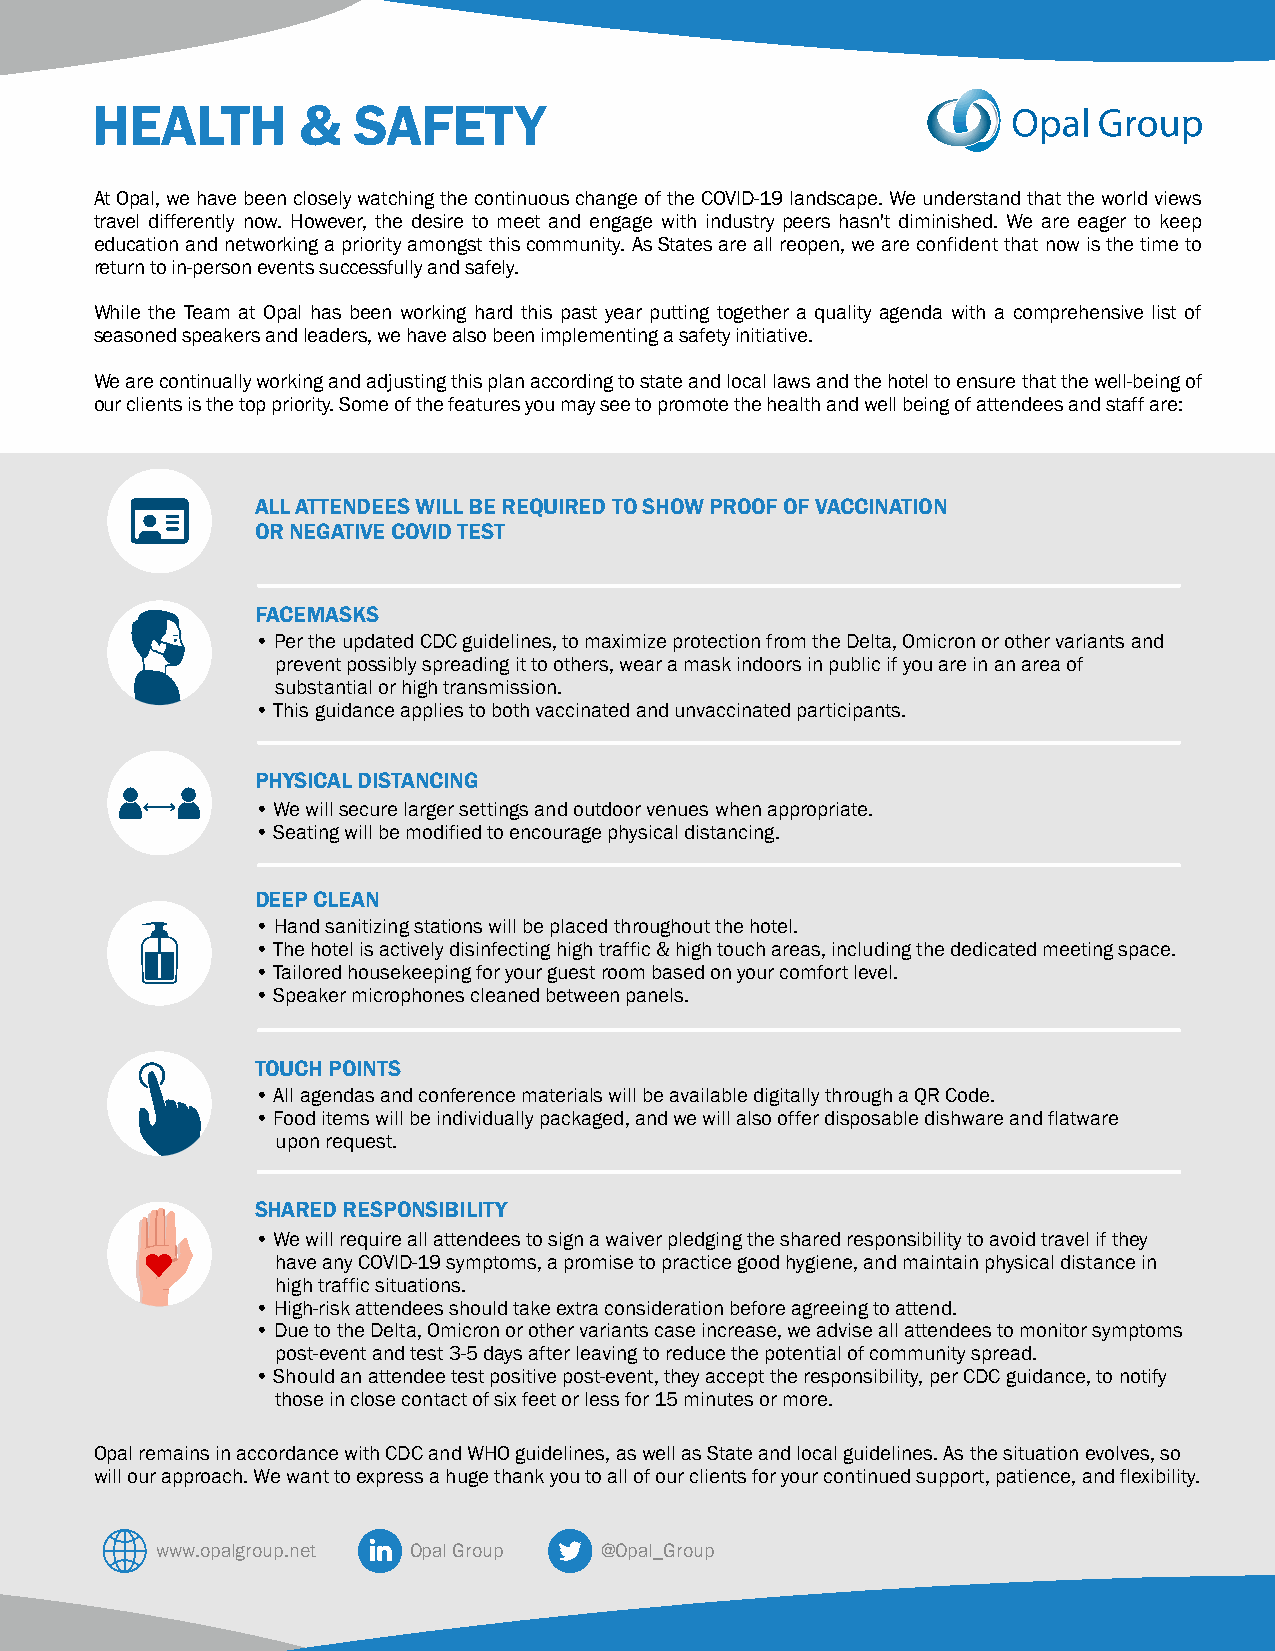
HEALTH        &  SAFETY
 At Opal, we have been closely watching the continuous change of the COVID-19 landscape. We understand that the world views
 travel differently now. However, the desire to meet and engage with industry peers hasn't diminished. We are eager to keep
 education and networking a priority amongst this community. As States are all reopen, we are confident that now is the time to
 return to in-person events successfully and safely.
 While the Team at Opal has been working hard this past year putting together a quality agenda with a comprehensive list of
 seasoned speakers and leaders, we have also been implementing a safety initiative.
 We are continually working and adjusting this plan according to state and local laws and the hotel to ensure that the well-being of
 our clients is the top priority. Some of the features you may see to promote the health and well being of attendees and staff are:
 ALL ATTENDEES WILL BE REQUIRED TO SHOW PROOF OF VACCINATION
 OR NEGATIVE COVID TEST
 FACEMASKS
 • Per the updated CDC guidelines, to maximize protection from the Delta, Omicron or other variants and
 prevent possibly spreading it to others, wear a mask indoors in public if you are in an area of
 substantial or high transmission.
 • This guidance applies to both vaccinated and unvaccinated participants.
 PHYSICAL DISTANCING
 • We will secure larger settings and outdoor venues when appropriate.
 • Seating will be modified to encourage physical distancing.
 DEEP CLEAN
 • Hand sanitizing stations will be placed throughout the hotel.
 • The hotel is actively disinfecting high traffic & high touch areas, including the dedicated meeting space.
 • Tailored housekeeping for your guest room based on your comfort level.
 • Speaker microphones cleaned between panels.
 TOUCH POINTS
 • All agendas and conference materials will be available digitally through a QR Code.
 • Food items will be individually packaged, and we will also offer disposable dishware and flatware
 upon request.
 SHARED RESPONSIBILITY
 • We will require all attendees to sign a waiver pledging the shared responsibility to avoid travel if they
 have any COVID-19 symptoms, a promise to practice good hygiene, and maintain physical distance in
 high traffic situations.
 • High-risk attendees should take extra consideration before agreeing to attend.
 • Due to the Delta, Omicron or other variants case increase, we advise all attendees to monitor symptoms
 post-event and test 3-5 days after leaving to reduce the potential of community spread.
 • Should an attendee test positive post-event, they accept the responsibility, per CDC guidance, to notify
 those in close contact of six feet or less for 15 minutes or more.
 Opal remains in accordance with CDC and WHO guidelines, as well as State and local guidelines. As the situation evolves, so
 will our approach. We want to express a huge thank you to all of our clients for your continued support, patience, and flexibility.
 www.opalgroup.net Opal Group  @Opal_Group